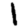
Digit: 1